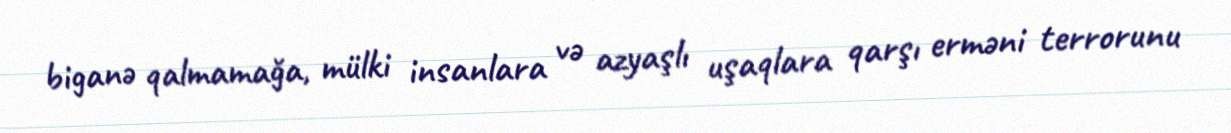
biganə qalmamağa, mülki insanlara və azyaşlı uşaqlara qarşı erməni terrorunu